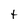
Character: t